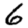
Digit: 6